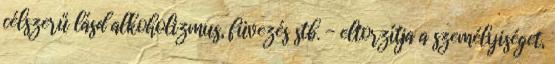
célszerű lásd alkoholizmus, füvezés stb. - eltorzítja a személyiséget,